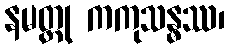
နမတ္ထု ကကုသန္ဓဿ၊